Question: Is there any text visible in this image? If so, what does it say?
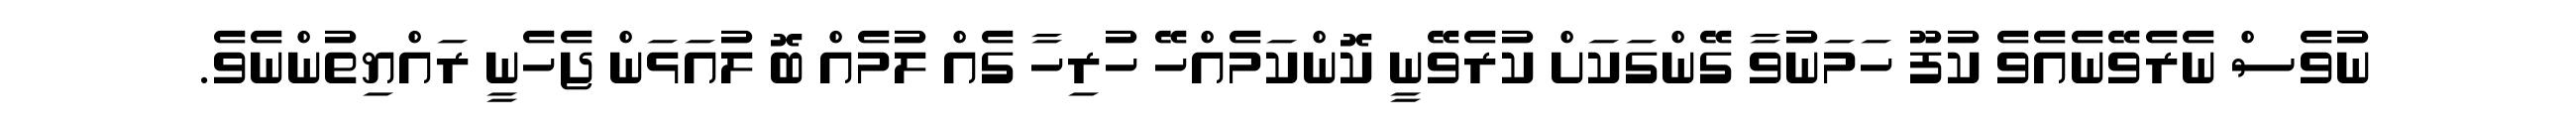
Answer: ނުވެސް ނެރެވޭނެއެވެ ކުފޫ ހަމަނުވާ ގޭންގަކަށް ކުރެވޭނީ ކޮންކަމެއްހޭ ހުރިހާ ގެއް ލުމެއް ބޮ ލުއަޅަން ޖެހެނީ ރައްޔިތުންނެވެ.